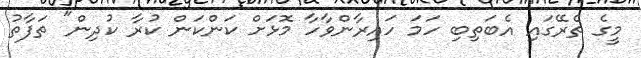
މީގެ ތެރޭގައި އެބަތިބި ހަމަ ހައިރާންވާހާ މޮޅަށް ކަންކަން ކުރާ ކުދިން" ތަފާތު